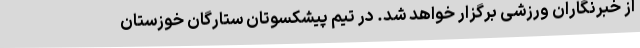
از خبرنگاران ورزشی برگزار خواهد شد. در تیم پیشکسوتان ستارگان خوزستان